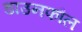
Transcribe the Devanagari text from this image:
डाउनफौल